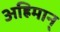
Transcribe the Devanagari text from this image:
अह्रिमान्